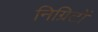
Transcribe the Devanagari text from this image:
निग्रिटों